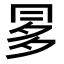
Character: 𠕝